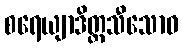
စရေယျာဒိတ္တသီသောဝ